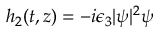
h _ { 2 } ( t , z ) = - i \epsilon _ { 3 } | \psi | ^ { 2 } \psi